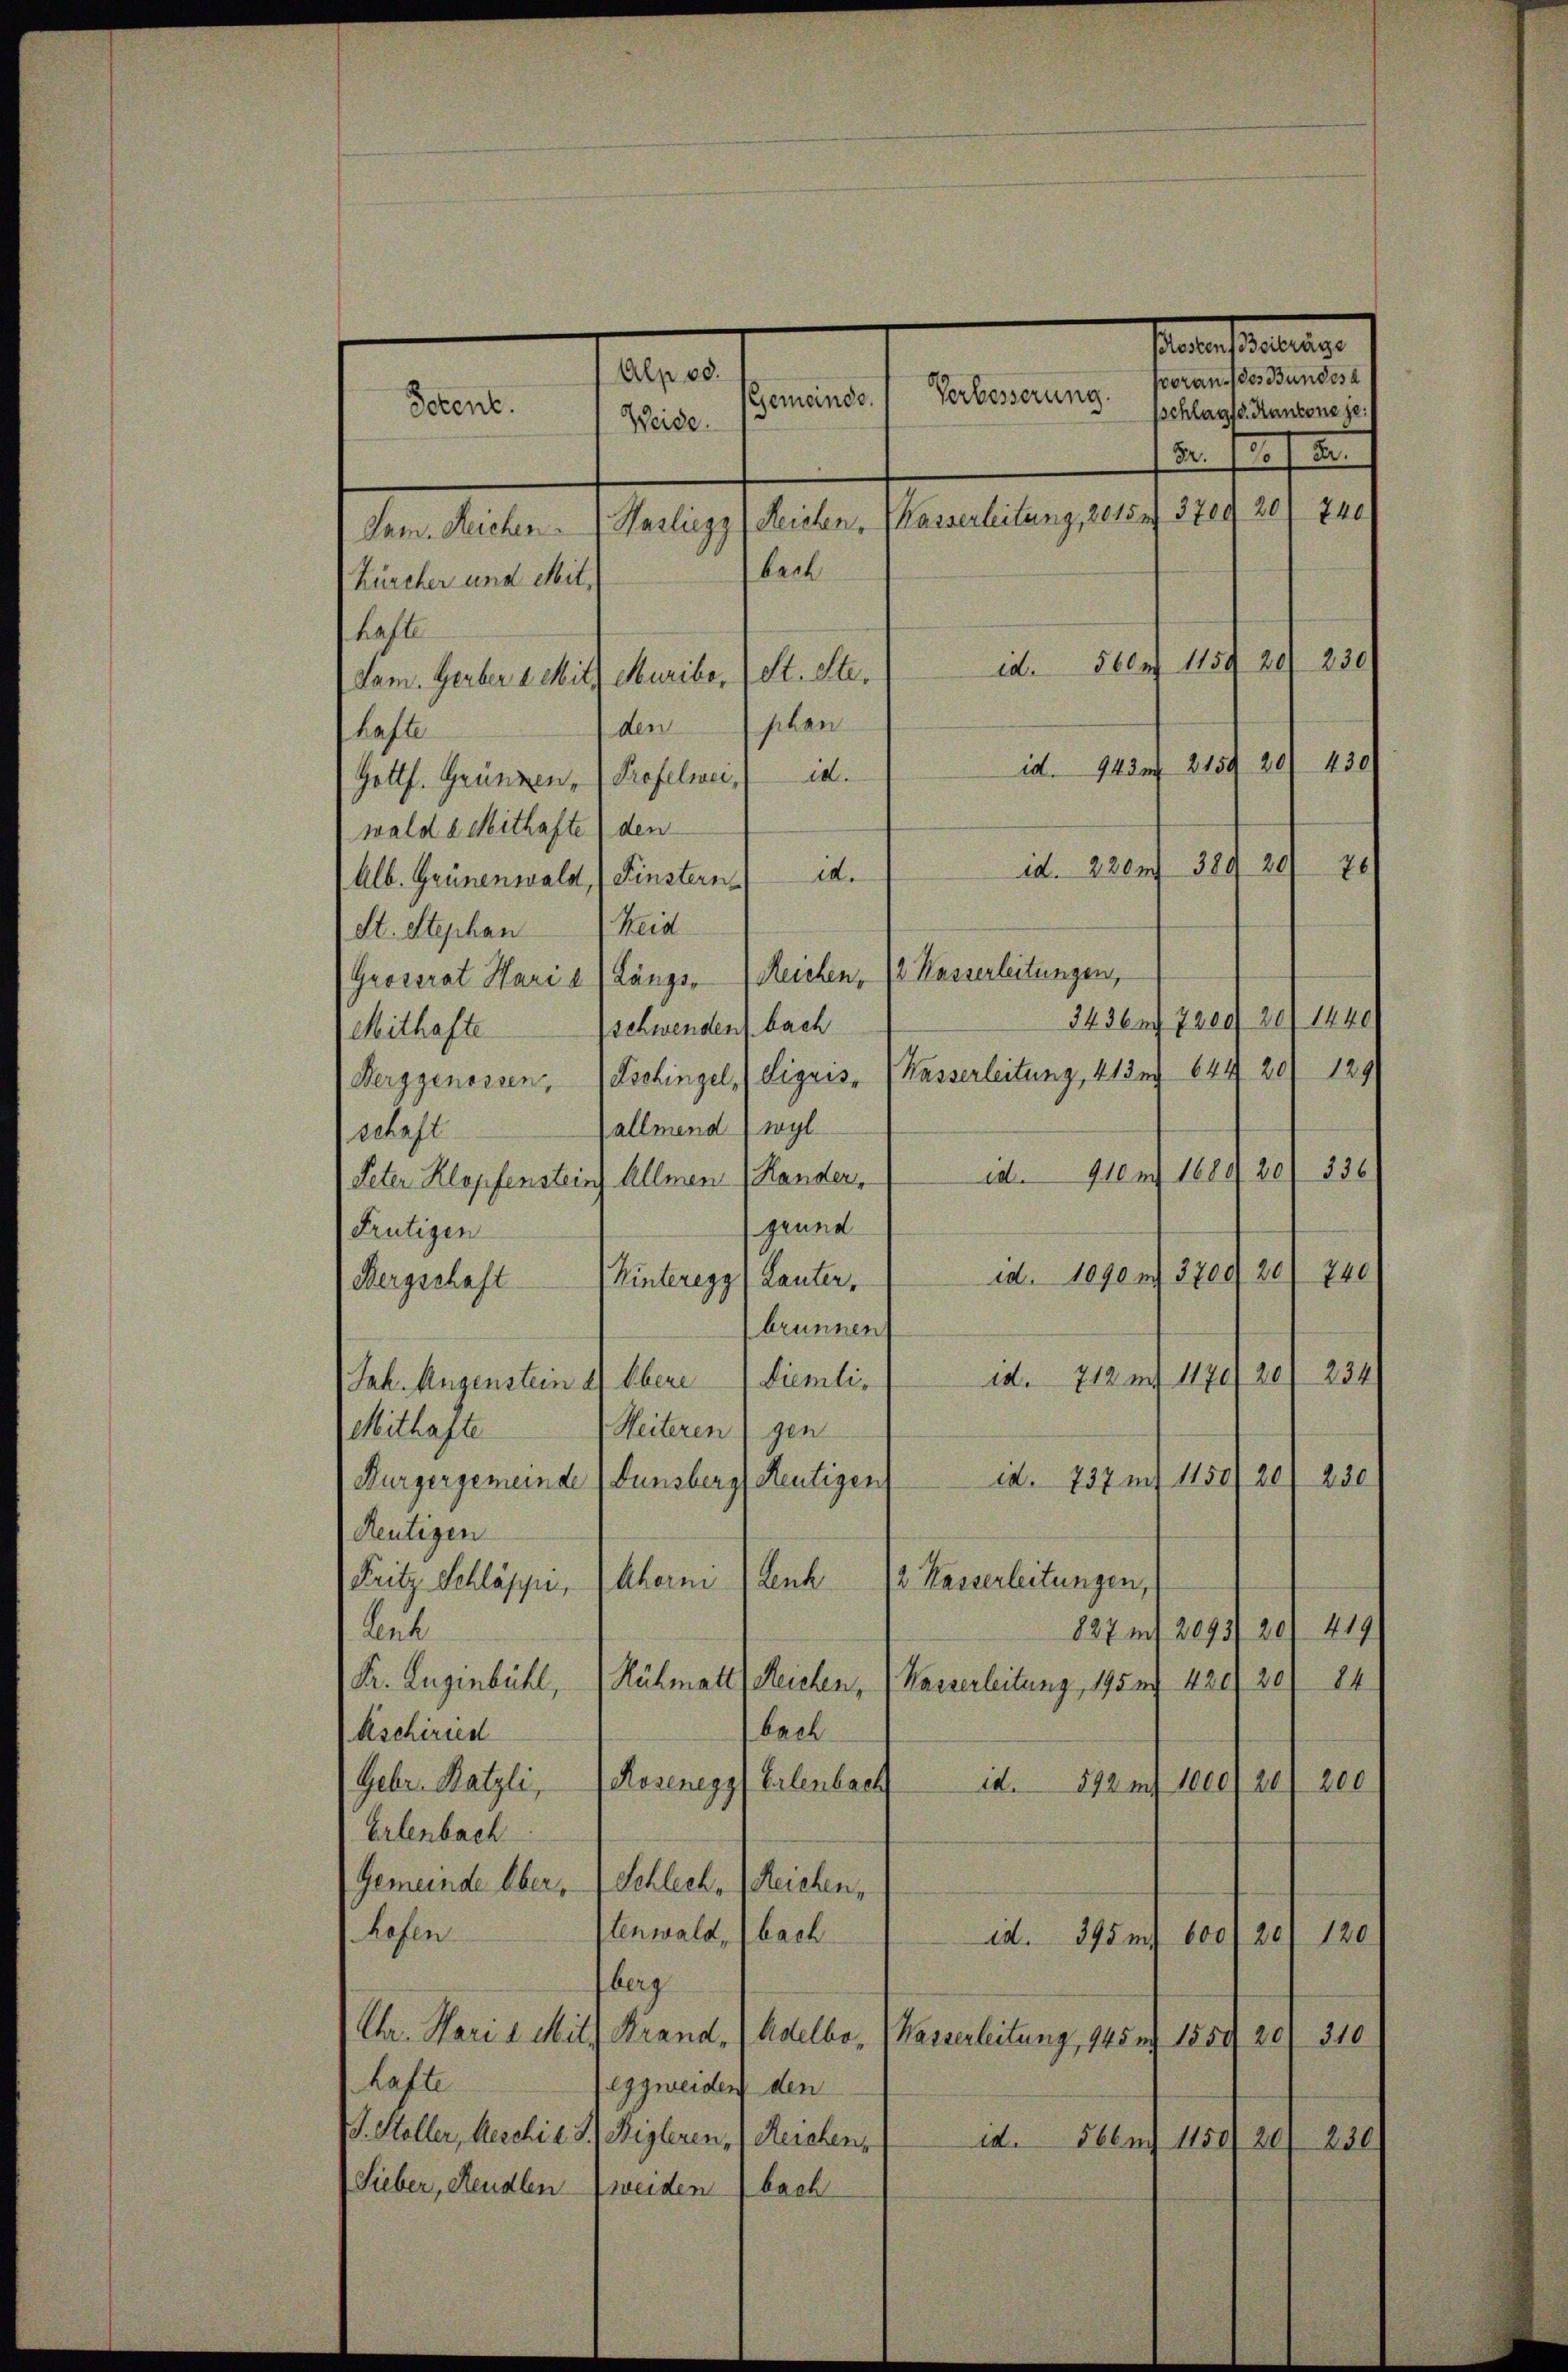
Alp od.
Verbesserung.
Gemande.
Potent.
Weide.
240
Sam. Reichen v. Hasliegz (Reichen, Kasserleitung, 2015 n 370. 20
bere
Zürcher und Mit
hafte
560 n 1159 20) 230
id.
St. Ster
dam. Gerber 2. Mit Muribo,
denschen
hafte
230/
id. 943 n 2159 20
id.
Profelweis
Gottl. Gründen,
walde Mithafte den
26/
id. 2207. 389 20
id.
Alb. Grünenwald, Finstern
St. Stephan Heid
Grossrat Hari e (Längs- (Reichen, 12 Kasserleitungen,
2230 frei zu und
schwenden bach
Mithafte
129/
Berggenossen, Tschingel (Sigris, (Kasserleitung, 413 nr 644 20
allmend (wyl
schaft
536/
910 n 1689 20
i.
Peter Klopfensteins Allmen (Handen,
genne
Frutigen
Hinteregg, Lanter. d. legen Grad 2. 240
Bergschaft
brunnen
234/
712 n 1170/20
ed.
Jah. Augenstein et Obere diemli¬
Weiteren gen
Mithafte
ia. 737 n 1150/20/230
Burgergemeinde Funsberg Reutigen
Reutigen
Luh
2 Kasserleitungen,
Fritz Schläppi, Aberm
827 n 2093 20/ 419
Lent
24
Dr. Eugenbühl, (Rühmatt, Reichen, (Kasserleitung, 175 f. 420. 30)
bech
kschirren
Rosenegg (Erlenbach
it. 512 m Secre
200
Gebr. Katzli,
Erlenbach
Gemeinde Ober, Schlech. (Reichen,
hofen
tenwald, bach
120/
id. 315 m 600 f 20
berg
Ca. Marie Milz, Krand¬
Adelbe,
Wasserleitung, 945 n 1559 20. 310
hafte
lggweiden den
. Stoller, Aeschie 3. Rigleren (Reichen,
id.
566 n 1150 20
230/
Sieber, Rendlen weidenbach

santesteuerung
voran des Bundesa
sschlags d. Kantone je
2
Dr.